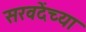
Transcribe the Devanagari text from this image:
सरवदेंच्या